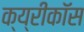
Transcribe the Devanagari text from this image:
क्य्रीकॉस